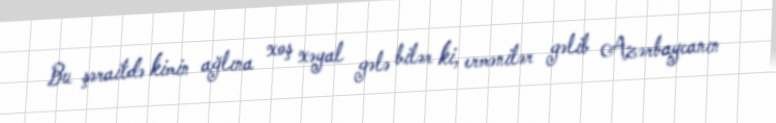
Bu şəraitdə kimin ağlına xoş xəyal gələ bilər ki, ermənilər gəlib Azərbaycanın